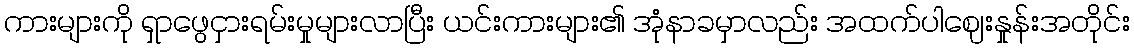
ကားများကို ရှာဖွေငှားရမ်းမှုများလာပြီး ယင်းကားများ၏ အုံနာခမှာလည်း အထက်ပါဈေးနှုန်းအတိုင်း